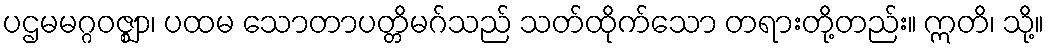
ပဌမမဂ္ဂဝဇ္ဈာ၊ ပထမ သောတာပတ္တိမဂ်သည် သတ်ထိုက်သော တရားတို့တည်း။ ဣတိ၊ သို့။